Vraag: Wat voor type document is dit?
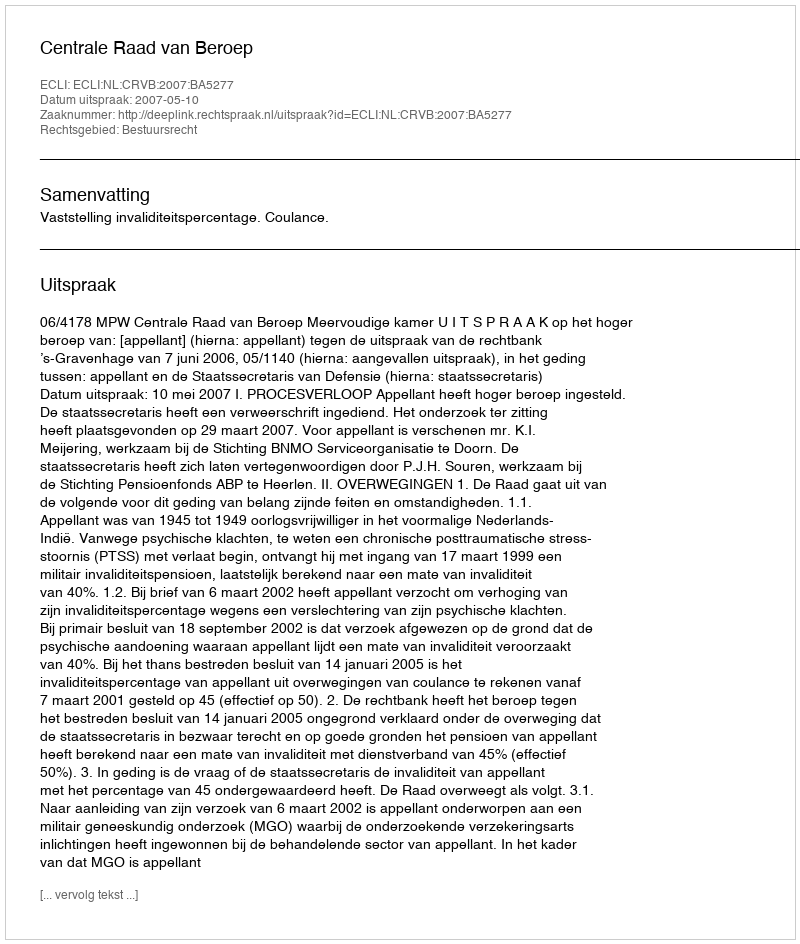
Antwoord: Uitspraak